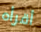
أقرأه